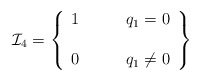
\begin{align*}{\cal I}_4= \left\{\begin{array}{cl} 1 & \qquad q_1=0 \\&\\0 &\qquad q_1\neq 0\end{array} \right\}\end{align*}